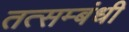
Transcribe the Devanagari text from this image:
तत्सम्बंधी